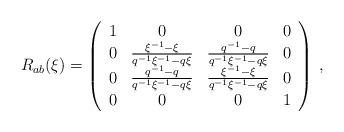
LaTeX: \begin{align*}R_{ab}(\xi )=\left ( \begin{array}{cccc} 1 & 0 & 0 & 0 \\0 & \frac {\xi ^{-1}-\xi}{q^{-1}\xi ^{-1}-q\xi} & \frac{q^{-1}-q}{q^{-1}\xi ^{-1}-q\xi } & 0 \\0 & \frac {q^{-1}-q}{q^{-1}\xi ^{-1}-q\xi} &\frac{\xi ^{-1}-\xi }{q^{-1}\xi ^{-1}-q\xi } & 0 \\ 0 & 0 & 0 & 1 \end{array} \right)\, ,\end{align*}